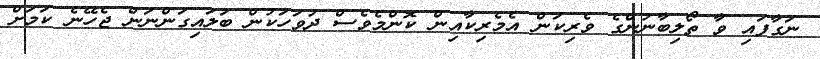
ނަގާފައި ވާ ތޯލިބާނުންގެ ވެރިކަން އެމެރިކާއިން ކޮންމެވެސް ދުވަހަކުން ބަލައިގަންނަން ޖެހޭނެ ކަމަށް